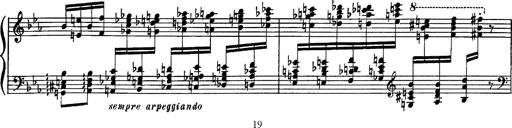
Title: Fantaisie sur des motifs favoris de l'opÃ©ra 'La sonnambula'
Composer: Franz Liszt